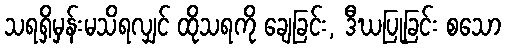
သရရှိမှန်းမသိရလျှင် ထိုသရကို ချေခြင်း, ဒီဃပြုခြင်း စသော